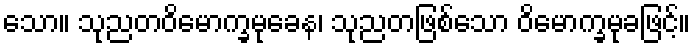
သော။ သုညတဝိမောက္ခမုခေန၊ သုညတဖြစ်သော ဝိမောက္ခမုခဖြင့်။